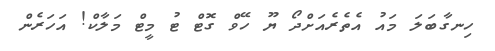
ހިނގާބަލަ މައު އެތެރެއަށްދޯ ޔޫ ހޭވް ގޮޓް ޓު މީޓް މަލާކް! އަހަރެން